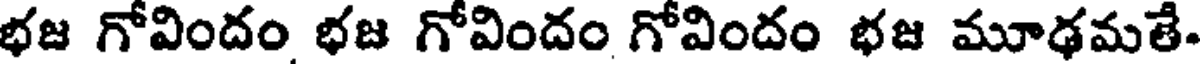
భజ గోవిందం భజ గోవిందం గోవిందం భజ మూఢమతే